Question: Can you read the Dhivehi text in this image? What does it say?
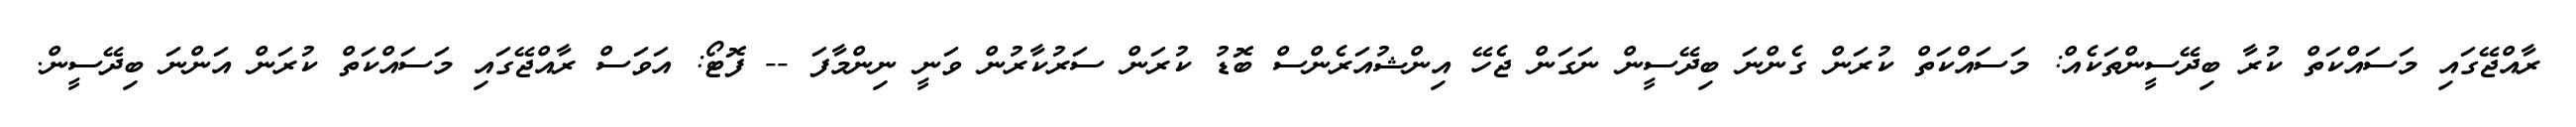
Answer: ރާއްޖޭގައި މަސައްކަތް ކުރާ ބިދޭސީންތަކެއް: މަސައްކަތް ކުރަން ގެންނަ ބިދޭސީން ނަގަން ޖެހޭ އިންޝުއަރެންސް ބޮޑު ކުރަން ސަރުކާރުން ވަނީ ނިންމާފަ -- ފޮޓޯ: އަވަސް ރާއްޖޭގައި މަސައްކަތް ކުރަން އަންނަ ބިދޭސީން.